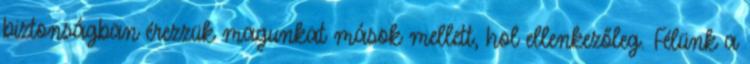
biztonságban érezzük magunkat mások mellett, hol ellenkezőleg. Félünk a